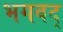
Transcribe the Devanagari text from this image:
भगवद्‍